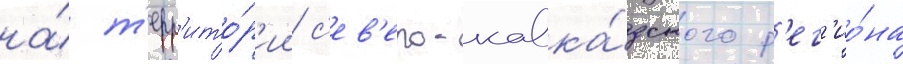
на́ т'ерр'ито́р'ии с'ев'еро-кавка́зского р'ег'ио́на